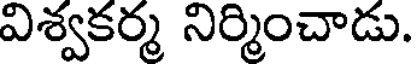
విశ్వకర్మ నిర్మించాడు.